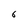
Character: 6